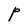
Character: P